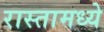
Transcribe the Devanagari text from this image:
रास्तामध्ये